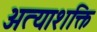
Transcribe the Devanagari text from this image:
अत्याशक्ति